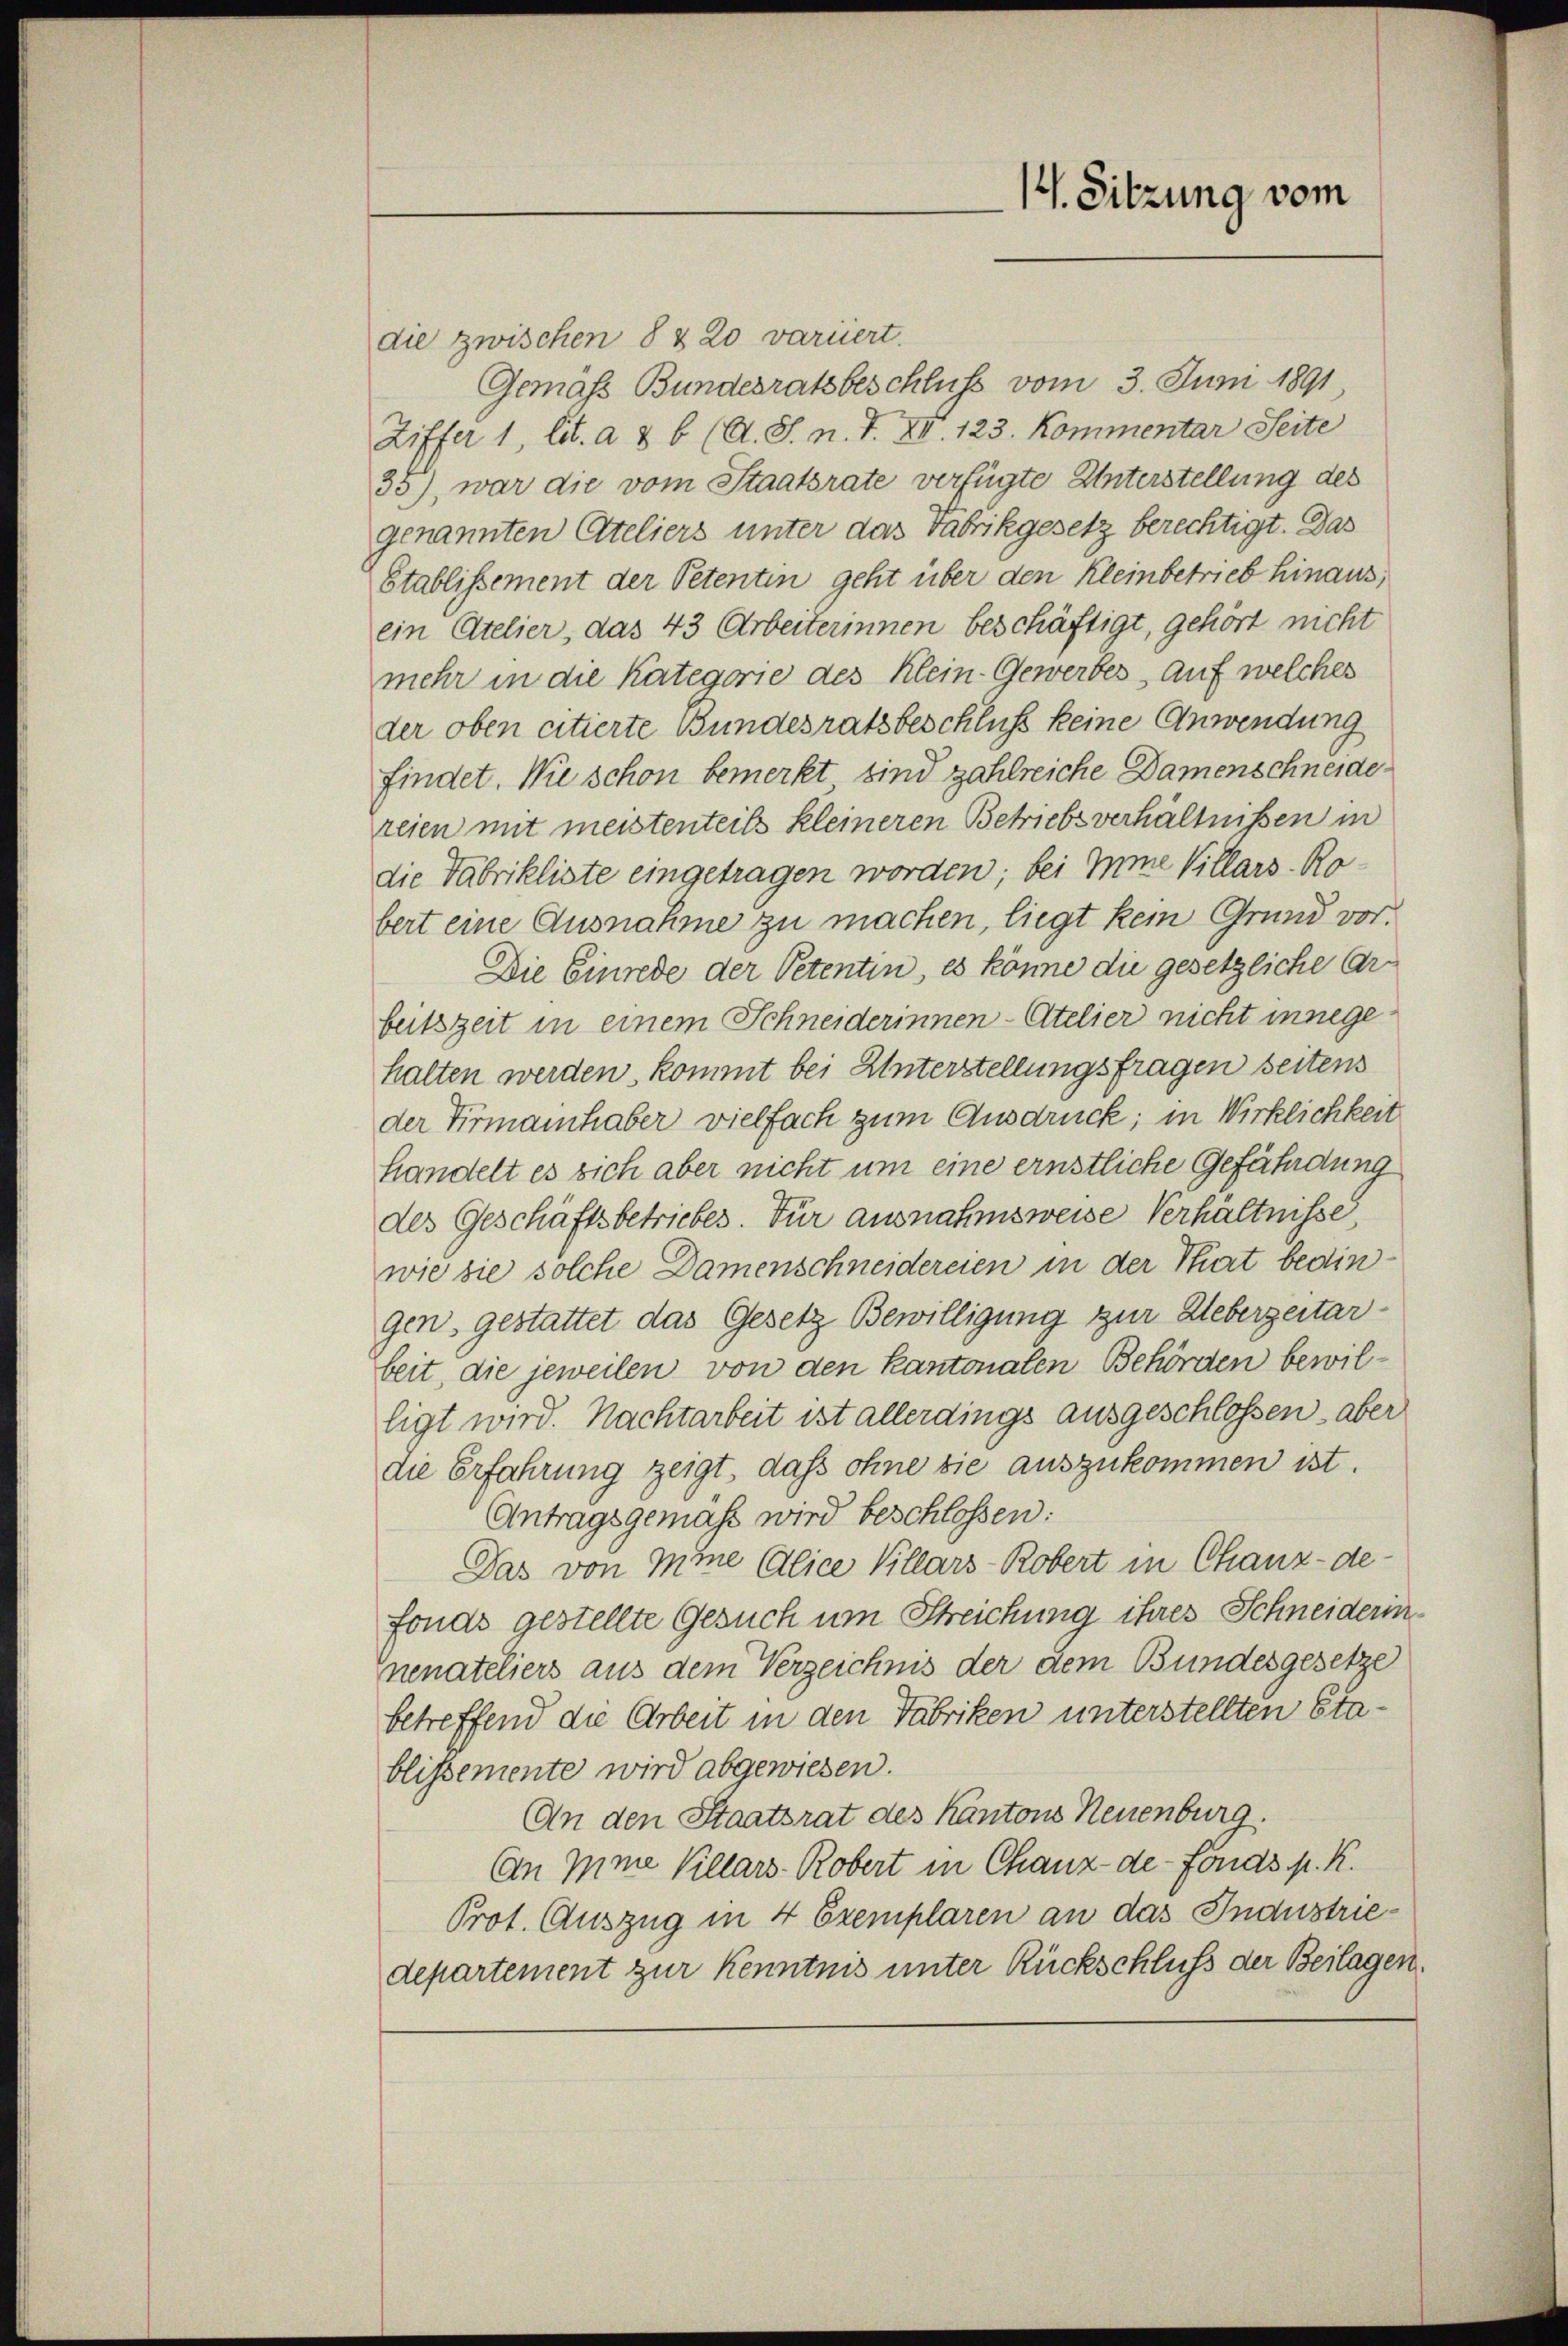
14. Sitzung vom

die zwischen 8 & 20 variiert.
Gemäss Bundesratsbeschluss vom 3. Juni 1891
Ziffer 1, lit. a & 6 (A. S. n. F. XI. 123. Kommentar Seite
35), war die vom Staatsrate verfügte Unterstellung des
genannten Ateliers unter das Fabrikgesetz berechtigt. Das
Stablissement der Petentin geht über den Kleinbetrieb hinaus,
ein Atelier, das 43 Arbeiterinnen beschäftigt, gehört nicht
mehr in die Kategorie des Klein-Gewerbes, auf welches
der oben citierte Bundesratsbeschluß keine Anwendung
findet. Wie schon bemerkt sind zahlreiche Damenschneidereien mit meistenteils kleineren Betriebsverhältnissen in
die Fabrikliste eingetragen worden; bei imme Villars. Robert eine Ausnahme zu machen, liegt kein Grund vor¬
Die Einrede der Petentin, es könne die gesetzliche Arbeitszeit in einem Schneiderinnen- Atelier nicht innegehalten werden, kommt bei Unterstellungsfragen seitens
der Firmainhaber vielfach zum Ausdruck; in Wirklichkeit
handelt es sich aber nicht um eine ernstliche Gefährdung
des Geschäftsbetriebes. Für ausnahmsweise Verhältnisse,
wie sie solche Damenschneidereien in der Thiert bedingen, gestattet das Gesetz Bewilligung zur Ueberzeitar-
beit, die jeweilen von den Kantonalen Behörden bewilligt wird. Nachtarbeit ist allerdings ausgeschlossen – aber
die Erfahrung zeigt, daß ohne sie auszukommen ist.
Antragsgemäß wird beschlossen:
Das von Mine Alice Villars-Robert in Chanz-de-
fonds gestellte Gesuch um Streichung ihres Schneiderinnenateliers aus dem Verzeichnis der dem Bundesgesetze
betreffend die Arbeit in den Fabriken unterstellten Stablissemente wird abgewiesen.
An den Staatsrat des Kantons Neuenburg.
An Ihme Villars- Robert in Chanz-de-Fonds p. K.
Prot. Auszug in 4 Exemplaren an das Industriedepartement zur Kenntnis unter Rückschluss der Beilagen¬